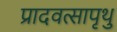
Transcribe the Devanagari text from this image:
प्रादवत्सापृथु